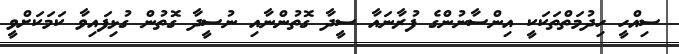
ސިއްހީ ހިދުމަތްތަކަކީ އިންސާނުންގެ ފުރާނައާ ސީދާ ގޮތުންނާއި ނުސީދާ ގޮތުން ގުޅިފައިވާ ކަމަކަށްވީ